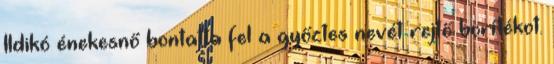
Ildikó énekesnő bontatta fel a győztes nevét rejtő borítékot.